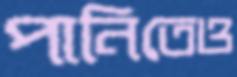
পানিতেও